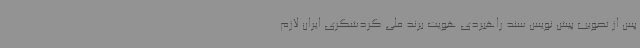
پس از تصویب پیش نویس سند راهبردی هویت برند ملی گردشگری ایران لازم